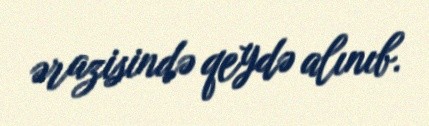
ərazisində qeydə alınıb.